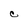
Character: C